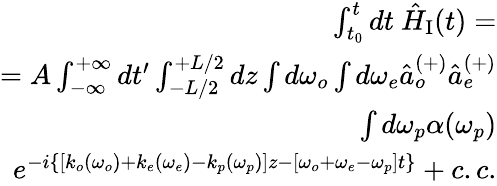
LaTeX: \begin{array}{r}{\int_{t_{0}}^{t}dt~\hat{H}_{\mathrm{I}}(t)=}\\ {=A\int_{-\infty}^{+\infty}dt^{\prime}\int_{-L/2}^{+L/2}dz\int d\omega_{o}\int d\omega_{e}\hat{a}_{o}^{(+)}\hat{a}_{e}^{(+)}}\\ {\int d\omega_{p}\alpha(\omega_{p})}\\ {e^{-i\{ [k_{o}(\omega_{o})+k_{e}(\omega_{e})-k_{p}(\omega_{p})]z-[\omega_{o}+\omega_{e}-\omega_{p}]t\} }+c.c.}\end{array}